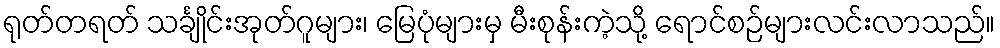
ရုတ်တရတ် သင်္ချိုင်းအုတ်ဂူများ၊ မြေပုံများမှ မီးစုန်းကဲ့သို့ ရောင်စဉ်များလင်းလာသည်။